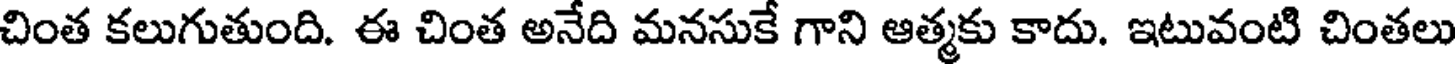
చింత కలుగుతుంది. ఈ చింత అనేది మనసుకే గాని ఆత్మకు కాదు. ఇటువంటి చింతలు